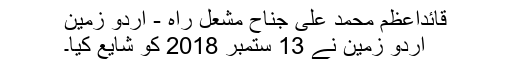
قائداعظم محمد علی جناح مشعل راہ - اردو زمین
اردو زمین نے 13 ستمبر 2018 کو شایع کیا۔